Indian journal of veterinary science and animal husbandry - Volumes 18-21, 1948-1951
Year: 1948
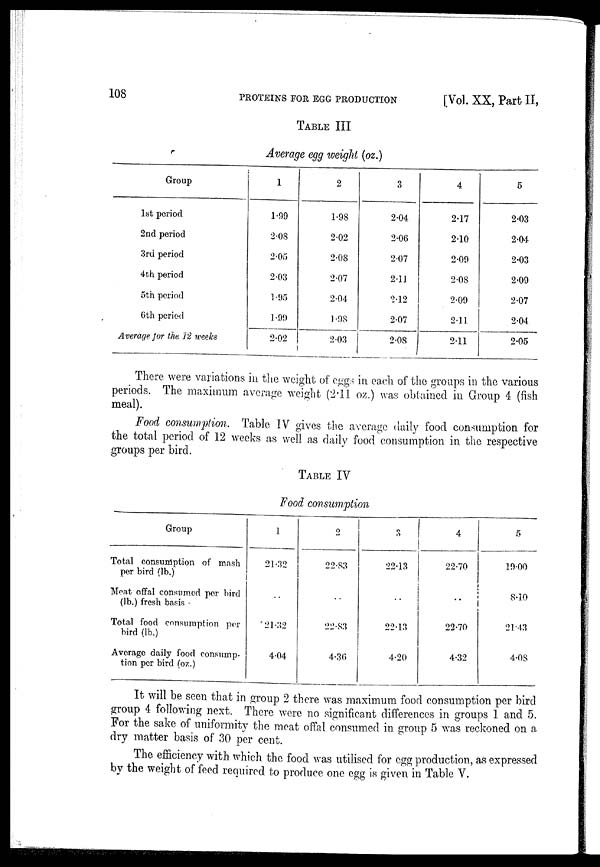
108
PROTEINS
FOR
EGG
PRODUCTION
[Vol. XX, Part II,
TABLE III
Average egg weight (oz.)
Group
1st period
2nd period
3rd period
4th period
5th period
6th period
Average for the 12 weeks
1
1.99
2.08
2.05
2.03
1.95
1.99
2.02
2
1.98
2.02
2.08
2.07
2.04
1.98
2.03
3
2.04
2.06
2.07
2.11
2.12
2.07
2.08
4
2.17
2.10
2.09
2.08
2.09
2.11
2.11
5
2.03
2.04
2.03
2.09
2.07
2.04
2.05
There were variations in the weight of eggs in each of the groups in the various
periods. The maximum average weight (2.11 oz.) was obtained in Group 4 (fish
meal).
Food consumption. Table IV gives the average daily food consumption for
the total period of 12 weeks as well as daily food consumption in the respective
groups per bird.
TABLE IV
Food consumption
Group
Total consumption of mash
per bird (lb.)
Meat offal consumed per bird
(lb.) fresh basis
Total food consumption per
bird (lb.)
Average daily food consump-
tion per bird (oz.)
1
21.32
..
21.32
4.04
2
22.83
..
22.83
4.36
3
22.13
..
22.13
4.20
4
22.70
..
..
22.70
4.32
5
19.00
8.10
21.43
4.08
It will be seen that in group 2 there was maximum food consumption per bird
group 4 following next. There were no significant differences in groups 1 and 5.
For the sake of uniformity the meat offal consumed in group 5 was reckoned on a
dry matter basis of 30 per cent.
The efficiency with which the food was utilised for egg production, as expressed
by the weight of feed required to produce one egg is given in Table V.